Lunatic asylums Central Provinces reports 1910-1926 - 1910-1926
Year: 1910
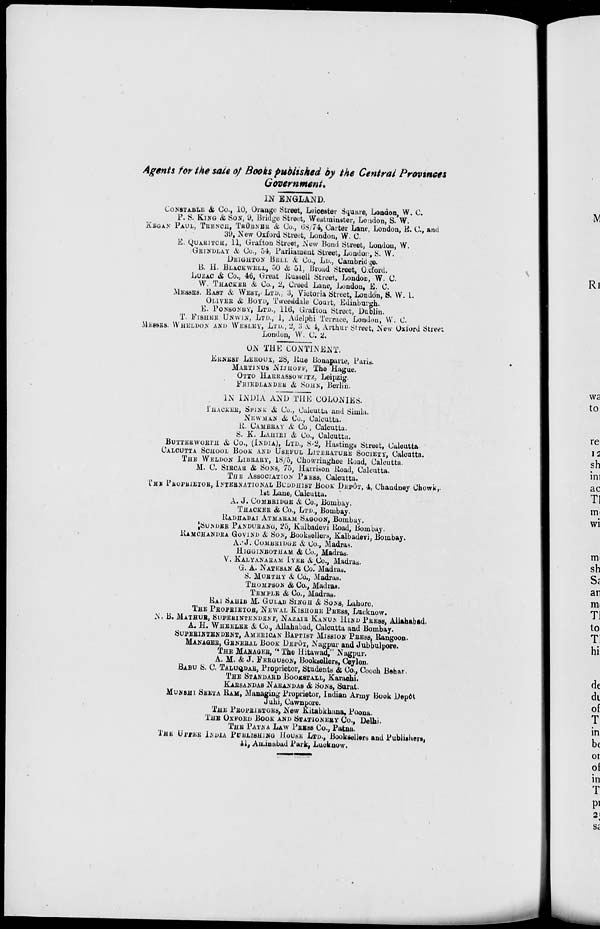
Agents for the sale of Books published by the Central Provinces
Government.
IN ENGLAND.
CONSTANLE & Co., 10, Orange Street, Leicester Square, London, W. C.
P. S. KING & SON, 9, Bridge Street, Westminster, London, S. W.
KEGAN PAUL, TRENCH, TRÜBNER & Co., 68/74, Carter Lane, London, E. C., and
39, New Oxford Street, London, W. C.
E. QUARITCH, 11, Grafton Street, New Bond Street, London, W.
GRINDLAY & Co., 54, Parliament Street, London, S. W.
DEIGHTON BELL & Co., LD., Cambridge.
B. H. BLACKWELL, 50 & 51, Broad Street, Oxford.
LUZAC & Co., 46, Great Russell Street, London, W. C.
W. THACKER & Co., 2, Creed Lane, London, E. C.
MESSRS. EAST & WEST,. LTD., 3, Victoria Street, London, S. W. I.
OLIVER & BOYD, Tweeddale Court, Edinburgh.
E. PONSONBY, LTD., 116, Grafton Street, Dublin.
T. FISHER UNWIN, LTD., 1, Adelphi Terrace, London, W. C.
MESSES. WHELDON AND WESLEY, LTD., 2, 3 & 4, Arthur Street, New Oxford Street,
London, W. C. 2.
ON THE CONTINENT.
ERNEST LEROUX, 28, Rue Bonaparte, Paris.
MARTINUS NIJHOFF, The Hague.
OTTO HARRASSOWITZ, Leipzig.
FRIENLANDER & SOHN, Berlin.
IN INDIA AND THE COLONIES.
THACKER, SPINK & Co., Calcutta and Simla.
NEWMAN & Co., Calcutta.
R. CAMBRAY & Co, Calcutta.
S. K. LAHIRI & Co., Calcutta.
BUTTERWORTH & Co., (INDIA), LTD., 8-2, Hastings Street, Calcutta.
CALCUTTA SCHOOL BOOK AND USEFUL LITERATURE SOCIETY, Calcutta.
THE WELDON LIBRARY, 18/5, Chowringhee Road, Calcutta.
M. C. SIRCAR & SONS, 75, Harrison Road, Calcutta.
THE ASSOCIATION PRESS, Calcutta.
THE PROFRIETOR, INTERNATIONAL BUDDHIST BOOK DEPÔT, 4, Chandney Chowk,.
1st Lane, Calcutta.
A. J. COMBRIDGE & Co., Bombay.
THACKER & Co., LTD., Bombay.
RADHABAI ATMARAM SAGOON, Bombay.
SUNDER PANDURANG, 25, Kalbadevi Road, Bombay.
RAMCHANDRA GOVIND & SON, Booksellers, Kalbadevi, Bombay.
A.J. COMBRIDGE & Co., Madras.
HIGGINBOTHAM & Co., Madras.
V. KALYANARAM IYER & Co., Madras.
G. A. NATESAN & Co. Madras.
S. MURTHY & Co., Madras.
THOMPSON & Co., Madras.
TEMPLE & Co., Madras.
RAI SAHIB M. GULAB SINGH & SONS, Lahore.
THE PROPRIETOR, NEWAL KISHORE PRESS, Lucknow.
N. B. MATHUR, SUPERINTENDENT, NAZAIR KANUN HIND PRESS, Allahabad.
A. H. WHELER & Co., Allahabad, Calcutta and Bombay.
SUPERINTENDENT, AMERICAN BAPTIST MISSION PRESS, Rangoon.
MANAGER, GENERAL BOOK DEPOT, Nagpur and Jubbulpore.
THE MANAGER, " The Hitawad," Nagpur.
A. M. & J. FERGUSON, Booksellers, Ceylon.
BABU S. C. TALUQDAR, Proprietor, Students & CO., Cooch Behar.
THE STANDARD BOOKSTALL, Karachi.
KARSANDAS NARANDAS & S0N8, Surat.
MUNSHI SEETA RAM, Managing Proprietor, Indian Army Book Depôt
Juki, Cawnpore.
THE PROORIETORS, New Kitabkhana, Poona.
THE OXFORD BOOK AND STATIONERY CO., Delhi.
THE PATNA LAW PRESS Co., Patna.
THE UPPER INDIA PUBLISHING HOUSE LTD., Booksellers and Publishers,
41, Aminabad Park, Lucknow.